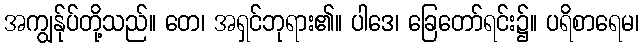
အကျွန်ုပ်တို့သည်။ တေ၊ အရှင်ဘုရား၏။ ပါဒေ၊ ခြေတော်ရင်း၌။ ပရိစာရေမ၊